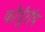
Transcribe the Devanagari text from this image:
कोर्दुरॉय